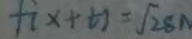
f ( x + t ) = \sqrt { 2 } 8 \Lambda